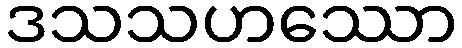
ဒသသဟဿော